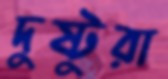
দুষ্টুরা